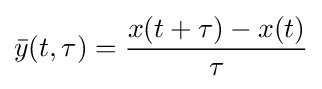
{\bar {y}}(t,\tau )={\frac {x(t+\tau )-x(t)}{\tau }}